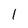
Character: l